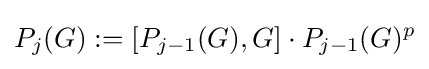
P_{j}(G):=\lbrack P_{j-1}(G),G\rbrack \cdot P_{j-1}(G)^{p}